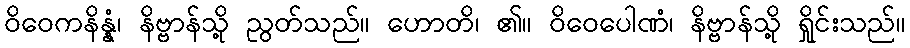
ဝိဝေကနိန္နံ၊ နိဗ္ဗာန်သို့ ညွတ်သည်။ ဟောတိ၊ ၏။ ဝိဝေပေါဏံ၊ နိဗ္ဗာန်သို့ ရှိုင်းသည်။